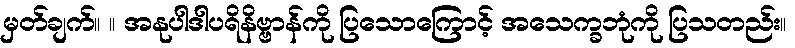
မှတ်ချက်။ ။ အနုပါဒါပရိနိဗ္ဗာန်ကို ပြသောကြောင့် အသေက္ခဘုံကို ပြသတည်း။